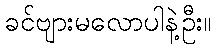
ခင်ဗျားမလောပါနဲ့ဦး။